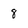
Character: 8